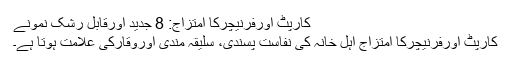
کارپٹ اورفرنیچرکا امتزاج: 8 جدید اورقابل رشک نمونے
کارپٹ اورفرنیچرکا امتزاج اہل خانہ کی نفاست پسندی، سلیقہ مندی اوروقارکی علامت ہوتا ہے۔